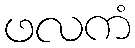
ဖလကံ